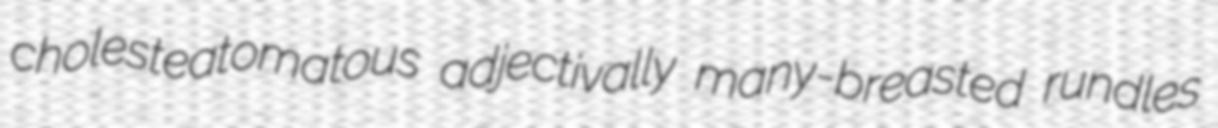
cholesteatomatous adjectivally many-breasted rundles